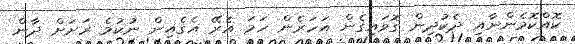
ކޮއްކޮމެންނާއި ދެކުދިން ގޮވައިގެން އަހަރެން ހަމަ އެރޭ އެގެއިން ނުކުމެ ރަށަށް ދާން